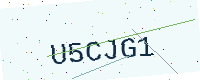
Text: U5CJG1